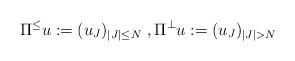
LaTeX: \begin{align*}\Pi^{\leq}u:=(u_J)_{|J|\leq N}\ ,\Pi^{\perp}u:=(u_J)_{|J|> N}\ \end{align*}